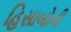
હિસાબોની